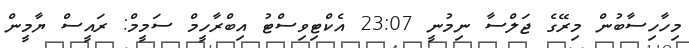
މިހާހިސާބުން މިރޭގެ ޖަލްސާ ނިމުނީ 23:07 އެކްޓިވިސްޓު އިބްރާހީމް ސަމީމް: ރައީސް ޔާމީން